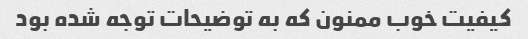
کیفیت خوب ممنون که به توضیحات توجه شده بود